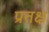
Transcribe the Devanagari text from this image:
प्रतक्ष